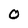
Character: O